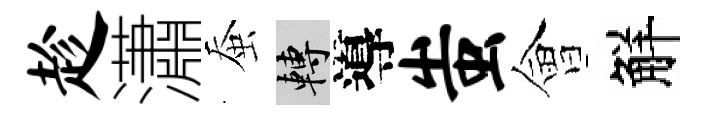
趁瀟蚕轉導蚩會觧